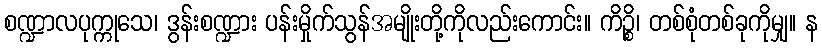
စဏ္ဍာလပုက္ကုသေ၊ ဒွန်းစဏ္ဍား ပန်းမှိုက်သွန်အမျိုးတို့ကိုလည်းကောင်း။ ကိဉ္စိ၊ တစ်စုံတစ်ခုကိုမျှ။ န